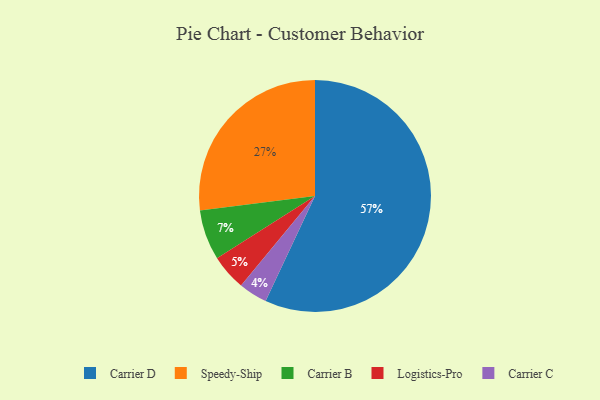
{"axis": {"x": "Category", "y": "Percentage"}, "legend": ["Carrier B", "Carrier C", "Carrier D", "Logistics-Pro", "Speedy-Ship"], "data": [{"x": "Carrier C", "y": 4, "type": "Carrier C"}, {"x": "Speedy-Ship", "y": 27, "type": "Speedy-Ship"}, {"x": "Carrier B", "y": 7, "type": "Carrier B"}, {"x": "Carrier D", "y": 57, "type": "Carrier D"}, {"x": "Logistics-Pro", "y": 5, "type": "Logistics-Pro"}]}